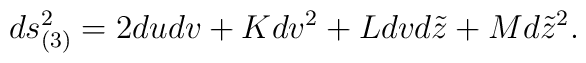
ds_{(3)}^2=2dudv+Kdv^2+Ldvd\tilde{z}+Md\tilde{z}^2.